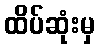
ထိပ်ဆုံးမှ